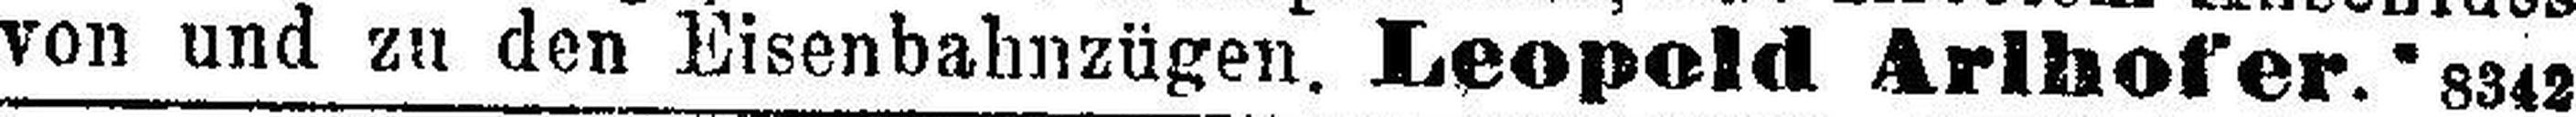
von und zu den Eisenbahnzügen. Leopold Arlhofer. 8342